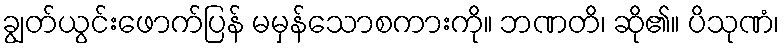
ချွတ်ယွင်းဖောက်ပြန် မမှန်သောစကားကို။ ဘဏတိ၊ ဆို၏။ ပိသုဏံ၊